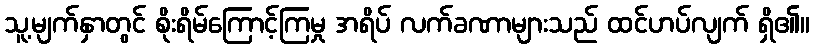
သူ့မျက်နှာတွင် စိုးရိမ်ကြောင့်ကြမှု အရိပ် လက်ခဏာများသည် ထင်ဟပ်လျက် ရှိ၏။